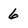
Character: 6